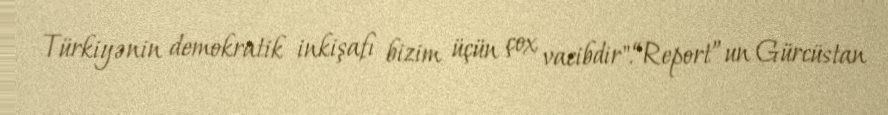
Türkiyənin demokratik inkişafı bizim üçün çox vacibdir".“Report”un Gürcüstan